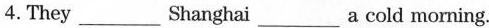
4.They___Shanghai ___a cold morning.